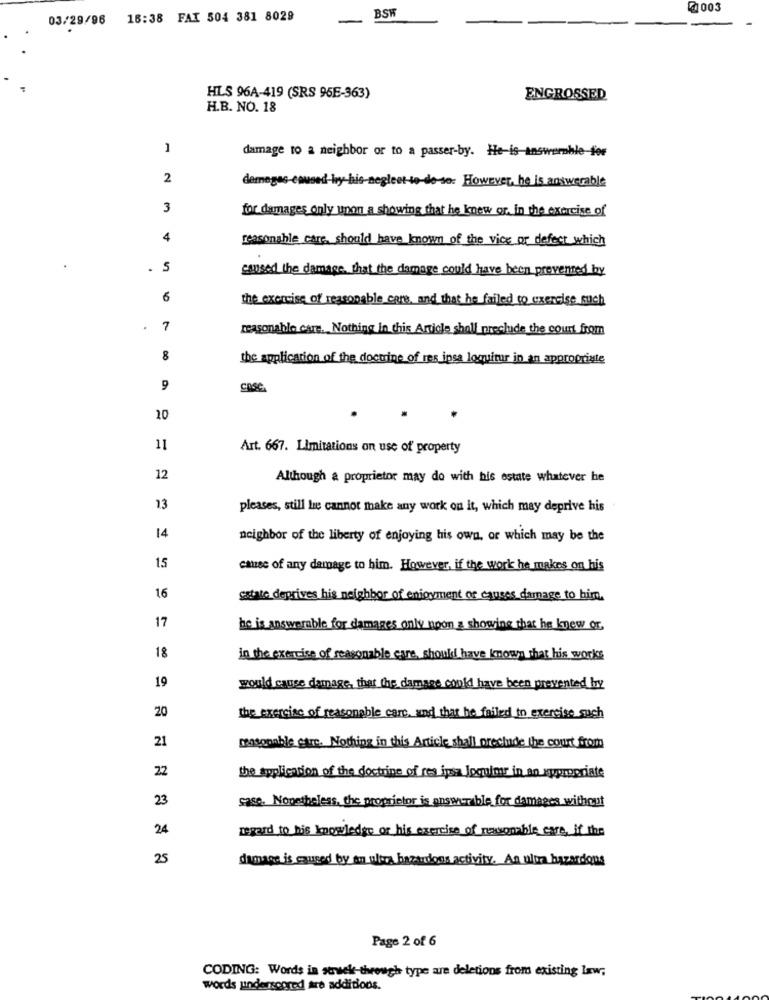
@1003
03/29/96 16:38 FAX 504 381 8029
-
BSW
HLS 96A-419 (SRS 96E-363)
ENGROSSED
H.B. NO. 18
1
damage to a neighbor or to a passer-by. He-is-answernhle-for
2
demegas-caused-hy-his-negleet-to-de-so: However, he is answerable
3
for damages only upon a showing that he knew or. in the exercise of
4
reasonable care, should have known of the vice or defect which
.
. 5
caused the damage, that the damage could have been prevented by
6
the exercise of reasonable cars, and that he failed to exercise such
7
reasonable care. Nothing in this Article shall preclude the court from
8
the application of the doctrine of res ipsa loquitur in an appropriate
9
CASC
10
11
Art. 667. Limitations on use of property
12
Although & proprietor may do with his estate whatever he
13
pleases, still he cannot make any work on it, which may deprive his
14
neighbor of the liberty of enjoying his own, of which may be the
15
cause of any damage to him. However, if the work he makes on his
16
estate deprives his neighbor of enjoyment or causes damage to him.
17
he is answerable for damages only noon & showing that he knew or
18
in the exercise of reasonable care, should have known that his works
19
would cause damage, that the damage could have been prevented by
20
the exercise of reasonable care, and that he failed to exercise such
21
reasonable care. Nothing in this Article shall preclude the court from
22
the application of the doctrine of res ipsa Joquimr in an appropriate
23
case. Noustheless, the proprietor is answerable for damages without
24
regard to his knowledge or his exercise of reasonable care, if the
25
damage is caused by an ultra hazardoss activity. An ulta hazardous
Page 2 of 6
CODING: Words in struek through type are deletions from existing law;
words underscored are additions.